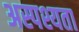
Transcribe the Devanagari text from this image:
अस्पश्यता